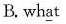
B. wh\underline{a}t